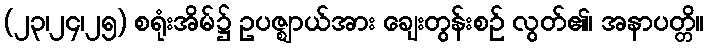
(၂၃၊၂၄၊၂၅) စရုံးအိမ်၌ ဥပဇ္ဈာယ်အား ချေးတွန်းစဉ် လွတ်၏၊ အနာပတ္တိ။